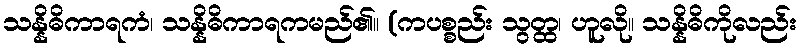
သန္နိဓိကာရကံ၊ သန္နိဓိကာရကမည်၏။ (ကပစ္စည်း သွတ္ထ၊ ဟူလို။ သန္နိဓိကိုလည်း